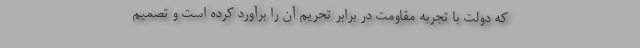
که دولت با تجربه مقاومت در برابر تحریم آن را برآورد کرده است و تصمیم